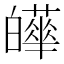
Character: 𤾴